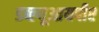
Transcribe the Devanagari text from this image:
डब्ल्यूआयपीए